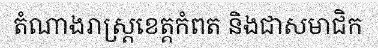
តំណាងរាស្ត្រខេត្តកំពត និងជាសមាជិក